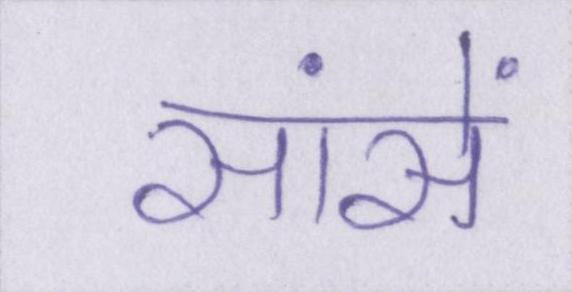
सांसें